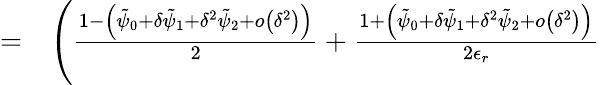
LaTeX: \begin{array}{rl}{=}&{{}\Bigg(\frac{1-\left(\tilde{\psi}_{0}+\delta\tilde{\psi}_{1}+\delta^{2}\tilde{\psi}_{2}+o\left(\delta^{2}\right)\right)}{2}+\frac{1+\left(\tilde{\psi}_{0}+\delta\tilde{\psi}_{1}+\delta^{2}\tilde{\psi}_{2}+o\left(\delta^{2}\right)\right)}{2\epsilon_{r}}}\end{array}